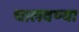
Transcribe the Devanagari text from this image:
चालवण्या